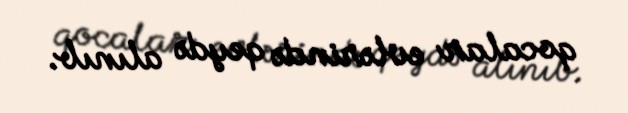
qocalar evlərində qeydə alınıb.